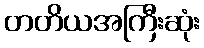
တတိယအကြီးဆုံး